Leprosy in India: report of the Leprosy Commission in India, 1890-91
Year: 1890
Disease focus: Leprosy
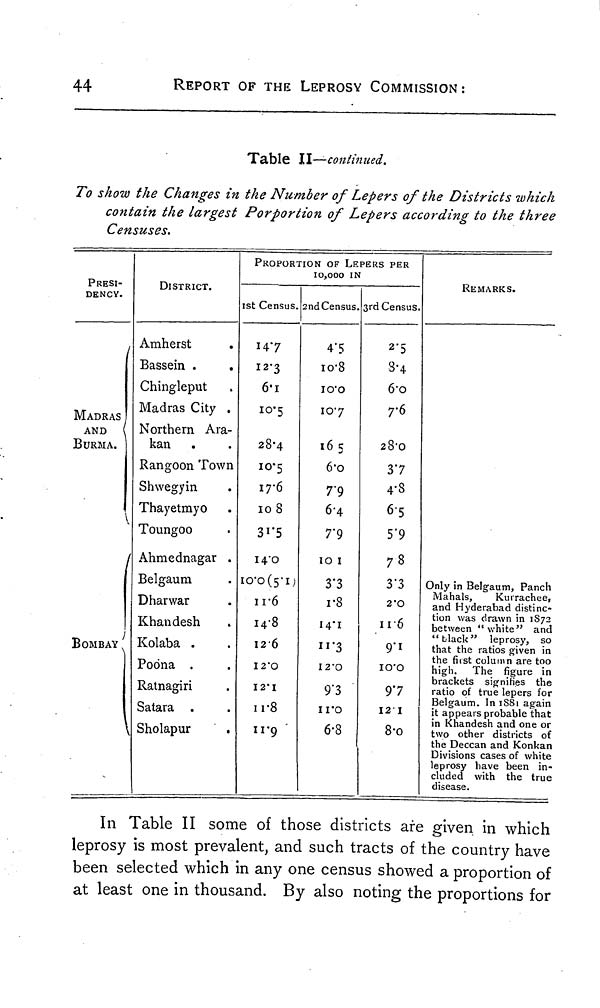
44
REPORT OF THE LEPROSY COMMISSION :
Table II—continued.
To show the Changes in the Number of Lepers of the Districts which
contain the largest Porportion of Lepers according to the three
Censuses.
PRESI-
DENCY.
MADRAS
AND
BURMA.
BOMBAY
\
DISTRICT.
Amherst
Bassein .
.
Chingleput
Madras City .
Northern Ara-
kan
Rangoon Town
Shwegyin
Thayetmyo
Toungoo
Ahmednagar .
Belgaum
Dharwar
Khandesh
Kolaba .
Poona .
• •
Ratnagiri
S atara .
Sholapur
PROPORTION OF LEPERS PER
10,000 IN
1st Census.
14.7
12.3
6.1
10.5
28.4
10.5
17.6
10 8
31.5
14.0
10.0(5.1)
11.6
14.8
12. 0
12.0
I2'I
.0
11.8
11.9
2nd Census.
4.5
10.8
10.0
10.7
165
6.0
79
6.4
7.9
10 1
3.3
1.8
14.1
11.3
12.0
9.3
11.0
6.8
3rd Census.
2.5
8.4
6.0
7.6
28.0
37
4.8
6.5
5.9
78
3.3
2.0
11.0
9.1
10.0
97
12.1
8.0
REMARKS.
Only in Belgaum, Panch
Mahals,
Kurrachee,
and Hyderabad distinc-
tion was drawn in 1872
between "white" and
"black" leprosy, so
that the ratios given in
the first column are too
high. The figure in
brackets signifies the
ratio of true lepers for
Belgaum. In 1881 again
it appears probable that
in Khandesh and one or
two other districts of
the Deccan and Konkan
Divisions cases of white
leprosy have been in-
cluded with the true
disease.
In Table II some of those districts are given in which
leprosy is most prevalent, and such tracts of the country have
been selected which in any one census showed a proportion of
at least one in thousand. By also noting the proportions for